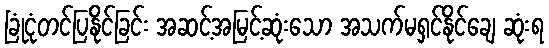
ခြုံငုံတင်ပြနိုင်ခြင်း အဆင့်အမြင့်ဆုံးသော အသက်မရှင်နိုင်ချေ ဆုံးရ